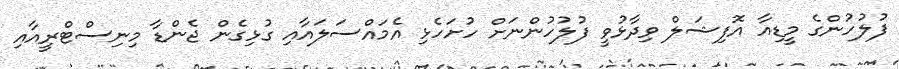
ފުލުހުންގެ މީޑިއާ އޮފިޝަލް ވިދާޅުވީ ފުލުހުންނަށް ހުށަހެޅި އެމައްސަލައާއި ގުޅިގެން ޖެންޑާ މިނިސްޓްރީއާއި